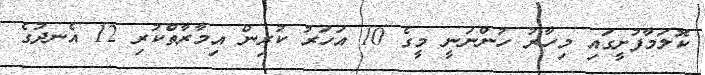
ކޮލަމާފުށީގައި މިހާރު ހުންނަނީ މީގެ 10 އަހަރު ކުރިން އިމާރާތްކުރި 12 އެނދުގެ